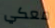
معكي